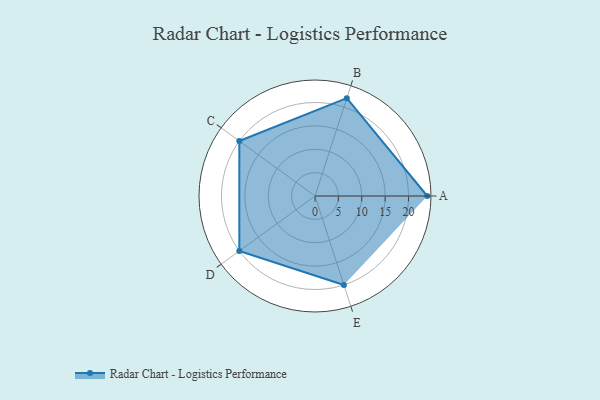
{"axis": {"x": "Skill", "y": "Score"}, "legend": ["Profile"], "data": [{"x": "A", "y": 24.0, "type": "Profile"}, {"x": "B", "y": 22.0, "type": "Profile"}, {"x": "C", "y": 20, "type": "Profile"}, {"x": "D", "y": 20, "type": "Profile"}, {"x": "E", "y": 20, "type": "Profile"}]}